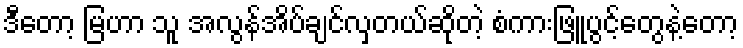
ဒီတော့ မြဟာ သူ အလွန်အိပ်ချင်လှတယ်ဆိုတဲ့ စံကားဖြူပွင့်တွေနဲ့တော့